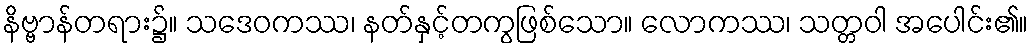
နိဗ္ဗာန်တရား၌။ သဒေဝကဿ၊ နတ်နှင့်တကွဖြစ်သော။ လောကဿ၊ သတ္တဝါ အပေါင်း၏။